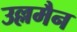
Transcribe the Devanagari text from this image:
उल्लमैन